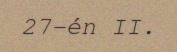
27-én II.